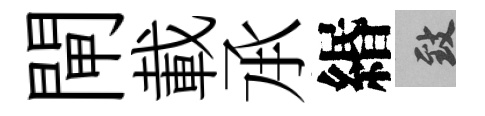
閘載𠄘緡致